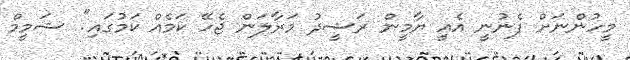
މީހުންނަށް ފެނުނީ އެއީ ޔާމީން ރަޝީދު މަރާލަން ޖެހޭ ކަމެއް ކަމުގައި". ޝަމީމް